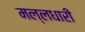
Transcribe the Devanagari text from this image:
मल्लधारी